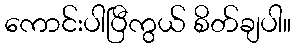
ကောင်းပါပြီကွယ် စိတ်ချပါ။